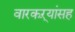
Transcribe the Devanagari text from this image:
वारकऱ्यांसह